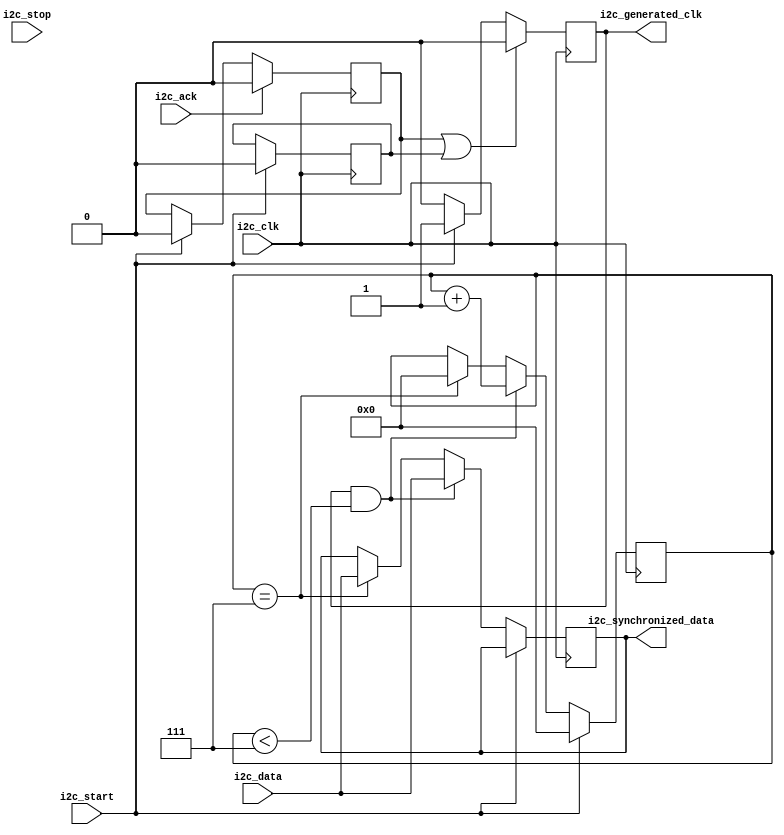
module i2c_timing_control_and_synchronization (
    input wire i2c_clk,
    input wire i2c_data,
    input wire i2c_start,
    input wire i2c_stop,
    input wire i2c_ack,
    output reg i2c_generated_clk,
    output reg i2c_synchronized_data
);

reg [7:0] i2c_bits_counter;
reg i2c_clock_stretching;
reg i2c_arbitration;

always @(posedge i2c_clk) begin
    if(i2c_start) begin
        i2c_generated_clk <= 1'b1;
        i2c_bits_counter <= 0;
        i2c_clock_stretching <= 1'b0;
        i2c_arbitration <= 1'b0;
    end else if(i2c_generated_clk && i2c_bits_counter < 7) begin
        i2c_generated_clk <= 1'b0;
        i2c_bits_counter <= i2c_bits_counter + 1;
        i2c_synchronized_data <= i2c_data;
    end else if(i2c_bits_counter == 7) begin
        i2c_generated_clk <= 1'b0;
        i2c_bits_counter <= 0;
        i2c_synchronized_data <= i2c_data;
    end else begin
        i2c_generated_clk <= 1'b0;
    end
    
    if(i2c_ack) begin
        i2c_clock_stretching <= 1'b0;
    end
    
    if(i2c_clock_stretching || i2c_arbitration) begin
        i2c_generated_clk <= 1'b0;
    end
end

endmodule